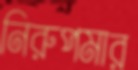
নিরুপমার